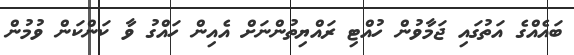
ބައެއްގެ އަތުގައި ޖަމާވުން ހުއްޓި ރައްޔިތުންނަށް އެއިން ހައްގު ވާ ކަންކަން ވުމުން